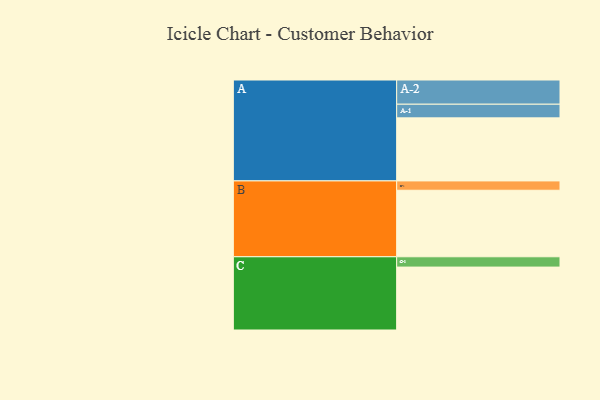
{"axis": {"x": "Segment", "y": "Value"}, "legend": ["", "A", "B", "C"], "data": [{"x": "A", "y": 526, "type": ""}, {"x": "B", "y": 555, "type": ""}, {"x": "C", "y": 525, "type": ""}, {"x": "A-1", "y": 114, "type": "A"}, {"x": "A-2", "y": 202, "type": "A"}, {"x": "B-1", "y": 78, "type": "B"}, {"x": "C-1", "y": 86, "type": "C"}]}